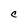
Character: C